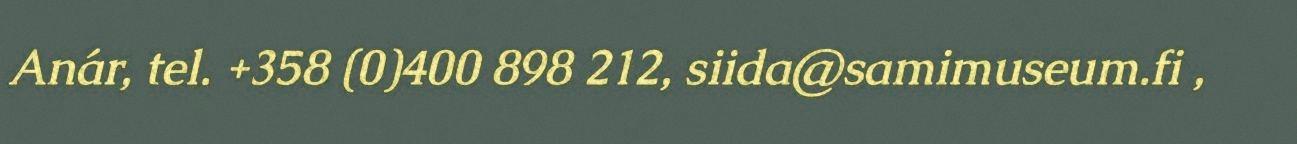
Anár, tel. +358 (0)400 898 212, siida@samimuseum.fi ,